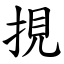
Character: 挸